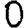
Digit: 0